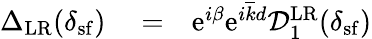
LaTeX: \begin{array}{rlr}{{\Delta}_{\mathrm{LR}}(\delta_{\mathrm{sf}})}&{{}=}&{\mathrm{e}^{i\beta}\mathrm{e}^{i\overline{{k}}d}\mathcal{D}_{1}^{\mathrm{LR}}(\delta_{\mathrm{sf}})}\end{array}